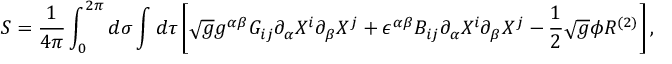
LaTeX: S = { \frac { 1 } { 4 \pi } } \int _ { 0 } ^ { 2 \pi } d \sigma \int d \tau \left[ \sqrt { g } g ^ { \alpha \beta } G _ { i j } \partial _ { \alpha } X ^ { i } \partial _ { \beta } X ^ { j } + \epsilon ^ { \alpha \beta } B _ { i j } \partial _ { \alpha } X ^ { i } \partial _ { \beta } X ^ { j } - { \frac { 1 } { 2 } } \sqrt { g } \phi { \cal R } ^ { ( 2 ) } \right] ,